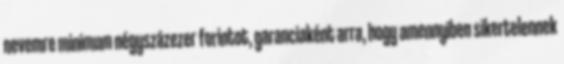
nevemre minimum négyszázezer forintot, garanciaként arra, hogy amennyiben sikertelennek